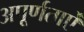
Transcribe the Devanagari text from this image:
अपूर्णताऐं